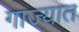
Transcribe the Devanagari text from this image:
गाज्यात